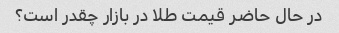
در حال حاضر قیمت طلا در بازار چقدر است؟